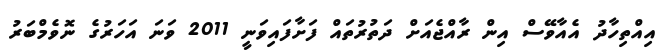
އިއްތިހާދު އެއާވޭސް އިން ރާއްޖެއަށް ދަތުރުތައް ފަށާފައިވަނީ 2011 ވަނަ އަހަރުގެ ނޮވެމްބަރު